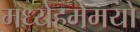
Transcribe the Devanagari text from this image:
मध्येहमेमयो